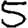
Digit: 5